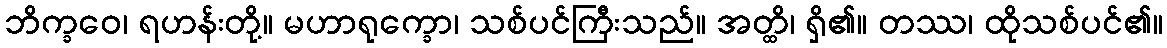
ဘိက္ခဝေ၊ ရဟန်းတို့။ မဟာရုက္ခော၊ သစ်ပင်ကြီးသည်။ အတ္ထိ၊ ရှိ၏။ တဿ၊ ထိုသစ်ပင်၏။